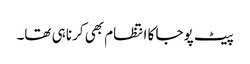
پیٹ پوجا کا انتظام بھی کرنا ہی تھا۔